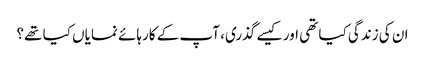
ان کی زندگی کیا تھی اور کیسے گذری، آپ کے کارہائے نمایاں کیا تھے؟